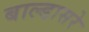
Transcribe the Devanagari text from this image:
बाल्डासरे